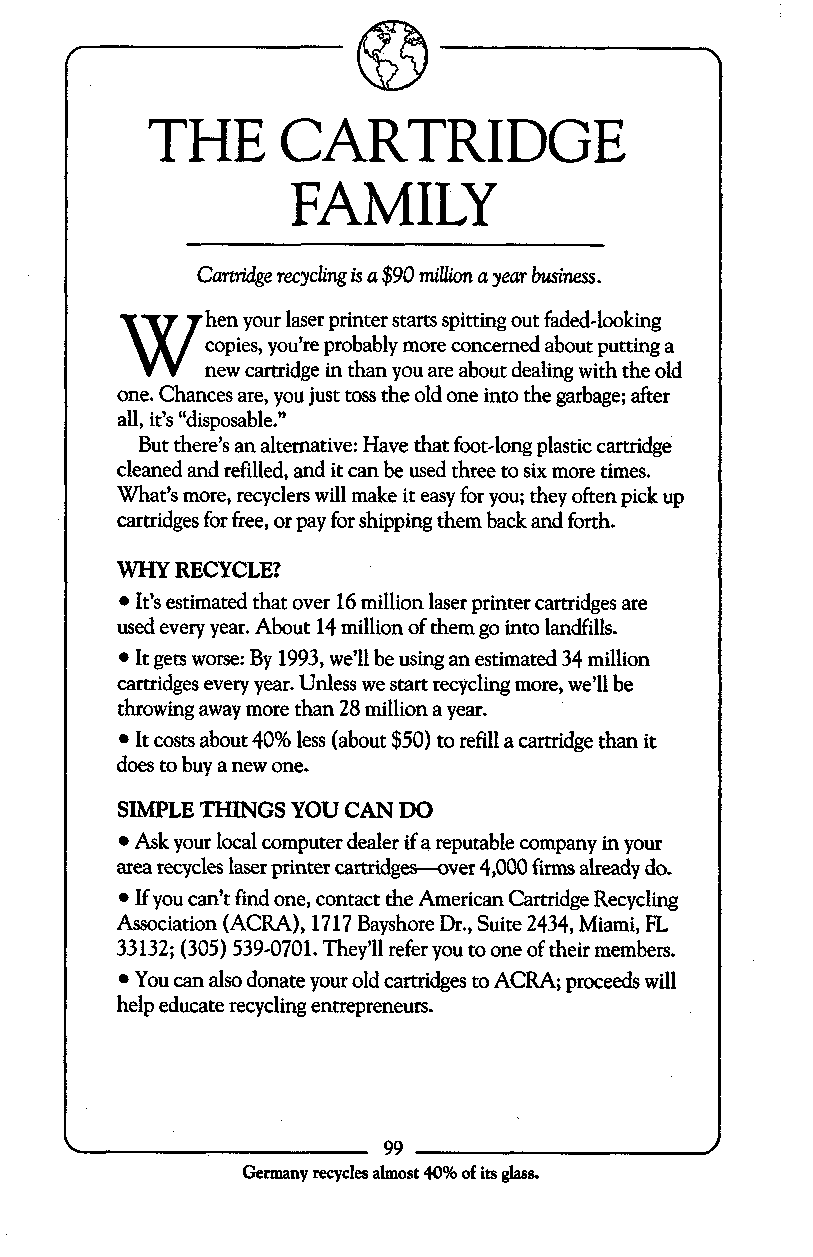
THE      CARTRIDGE
 FAMILY
 Cartridge recycling is a $90 miUion a year business.
 W     hen your laser printer starts spitting out faded-looking
 copies, you’re probably more concerned about putting a
 new cartridge in than you are about dealing with the old
 one. Chances are, you just toss the old one into the garbage; after
 all, it’s “disposable.”
 But there’s an altemative: Have that foot-long plastic cartridge
 cleaned and refilled, and it can be used three to six more times.
 What’s more, recyclers will make it easy for you; they often pick up
 cartridges for free, or pay for shipping them back and forth.
 WHY RECYCLE?
 It’s estimated that over 16 million laser printer cartridges are
 used every year. About 14 million of them go into landfills.
 It gets worse: By 1993, we’ll be using an estimated 34 million
 cartridges every year. Unless we start recycling more, we’ll be
 throwing away more than 28 million a year.
 It costs about 40% less (about $50) to refill a cartridge than it
 does to buy a new one.
 SIMPLE THINGS YOU CAN DO
 Ask your local computer dealer if a reputable company in your
 area recycles laser printer cartridges-over 4,000 firms already do.
 If you can’t find one, contact the American Cartridge Recycling
 Association (ACRA), 1717 Bayshore Dr., Suite 2434, Miami, FL
 33132; (305) 539-0701. They’ll refer you to one of their members.
 You can also donate your old cartridges to ACRA; proceeds will
 help educate recycling entrepreneurs.
 99
 Germany recycles almost 40%o f its glass.